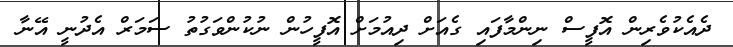
ދެއެކުވެރިން އޮފީސް ނިންމާފައި ގެއަށް ދިއުމަށް އޮފީހުން ނުކުންވަގުތު ސަމަރް އެދުނީ އޭނާ